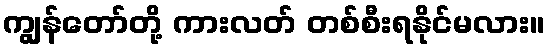
ကျွန်တော်တို့ ကားလတ် တစ်စီးရနိုင်မလား။